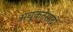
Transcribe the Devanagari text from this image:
अचूकतेसाठी